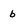
Character: b